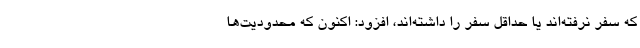
که سفر نرفته‌اند یا حداقل سفر را داشته‌اند، افزود: اکنون که محدودیت‌ها